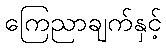
ကြေညာချက်နှင့်